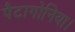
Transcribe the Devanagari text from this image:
पैटागोनिया।